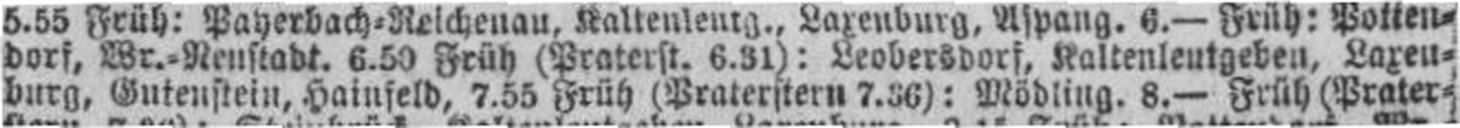
burg, Gutenstein, Hainfeld, 7.55 Früh (Praterstern 7.36): Mödling. 8.— Früh (Prater¬